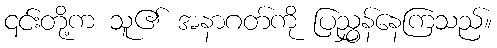
၎င်းတို့က သူ၏ အနာဂတ်ကို ပြညွှန်နေကြသည်။